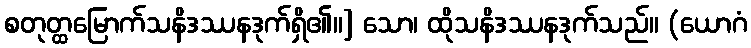
စတုတ္ထမြောက်သနိဒဿနဒုက်ရှိ၏။] သော၊ ထိုသနိဒဿနဒုက်သည်။ (ယောဂံ